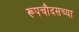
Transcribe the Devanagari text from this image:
रूपचौदसच्या